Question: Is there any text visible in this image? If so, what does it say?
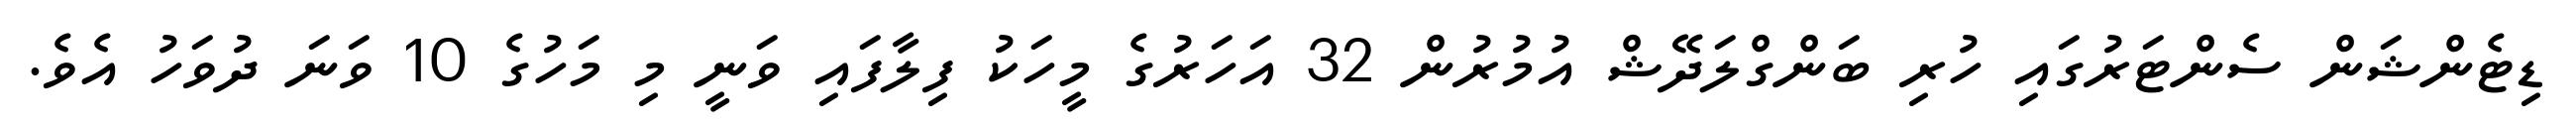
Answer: ޑިޓެންޝަން ސެންޓަރުގައި ހުރި ބަންގްލަދޭޝް އުމުރުން 32 އަހަރުގެ މީހަކު ފިލާފައި ވަނީ މި މަހުގެ 10 ވަނަ ދުވަހު އެވެ.